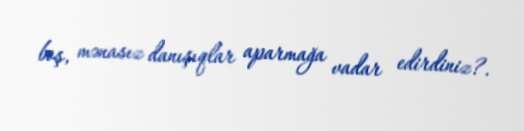
boş, mənasız danışıqlar aparmağa vadar edirdiniz?.